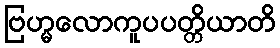
ဗြဟ္မလောကူပပတ္တိယာတိ